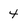
Character: 4